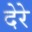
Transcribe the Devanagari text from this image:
देरे